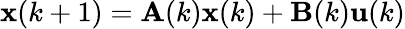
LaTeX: \mathbf{x}(k+1)=\mathbf{A}(k)\mathbf{x}(k)+\mathbf{B}(k)\mathbf{u}(k)